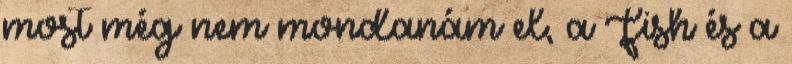
most még nem mondanám el, a Fish és a